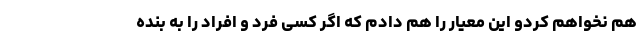
هم نخواهم کردو این معیار را هم دادم که اگر کسی فرد و افراد را به بنده